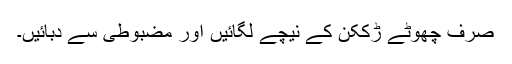
صرف چھوٹے ڑککن کے نیچے لگائیں اور مضبوطی سے دبائیں۔